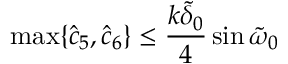
\operatorname* { m a x } \{ \hat { c } _ { 5 } , \hat { c } _ { 6 } \} \leq \frac { k \tilde { \delta } _ { 0 } } { 4 } \sin { \tilde { \omega } _ { 0 } }